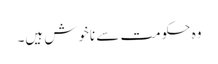
وہ حکومت سے ناخوش ہیں۔